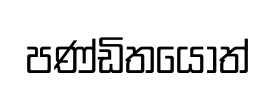
පණ්ඩිතයෝත්